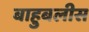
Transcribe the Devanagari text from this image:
बाहुबलीस